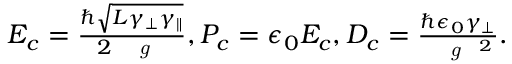
\begin{array} { r } { E _ { c } = \frac { \hbar \sqrt { L { \gamma } _ { \perp } { \gamma } _ { \parallel } } } { 2 \mathrm { ~ \it ~ { ~ g ~ } ~ } } , P _ { c } = \epsilon _ { 0 } E _ { c } , D _ { c } = \frac { \hbar \epsilon _ { 0 } \gamma _ { \perp } } { \mathrm { ~ \it ~ { ~ g ~ } ~ } ^ { 2 } } . } \end{array}